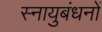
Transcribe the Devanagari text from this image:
स्नायुबंधनों